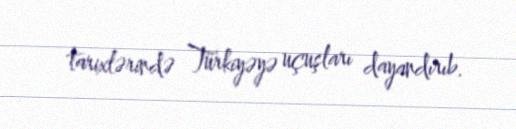
tarixlərində Türkiyəyə uçuşları dayandırıb.